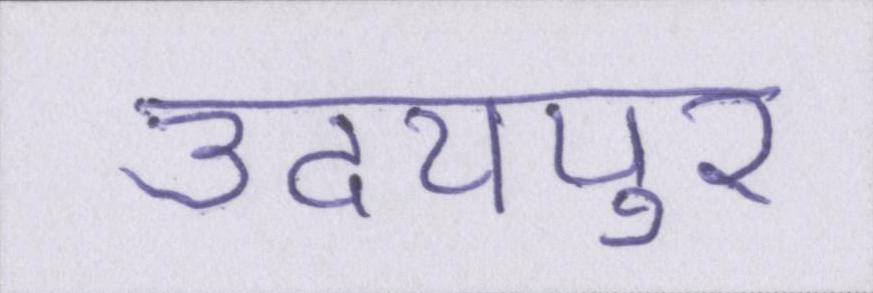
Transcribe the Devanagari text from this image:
उदयपुर